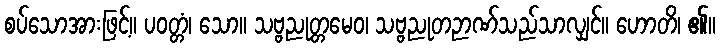
စပ်သောအားဖြင့်။ ပဝတ္တံ၊ သော။ သဗ္ဗညုတ္တမေဝ၊ သဗ္ဗညုတဉာဏ်သည်သာလျှင်။ ဟောတိ၊ ၏။